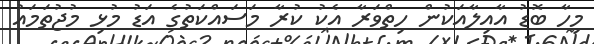
މިހާ ބޮޑު އާއިލާއަކުން ހިތްވަރާ އެކު ކުރާ މަސައްކަތުގެ އަޑު މުޅި މުޖުތަމައު